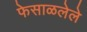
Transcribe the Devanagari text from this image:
फेसाळलेले